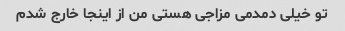
تو خیلی دمدمی مزاجی هستی من از اینجا خارج شدم